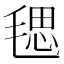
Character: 毸